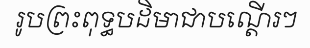
រូបព្រះពុទ្ធបដិមាជាបណ្តើរៗ